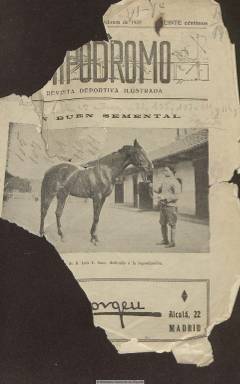
Título: Hipódromo (Madrid)
Colección: Deportes
Ámbito geográfico: Madrid
Lugar de publicación: Madrid
Fechas: 28/02/1932-10/05/1934

Con el subtítulo “revista deportiva ilustrada”, es una publicación especializada en hípica, que aparece en marzo de 1930. Con periodicidad semanal, sus entregas están en torno a las dieciséis y, a veces, doce páginas, compuestas a dos columnas. Ofrece crónicas de las carreras, programas oficiales de las temporadas, concursos, inscripciones, premios, pronósticos, resultados, apuestas, revistas de cuadras y estadísticas. Cuenta también con las secciones Extranjero, Noticias y Avisos. Sus textos van acompañados de fotografías de jinetes, caballos y aficionados asistentes al Hipódromo de Madrid firmadas por Legogeu, y caricaturas de personajes relacionados con este deporte firmadas por Relaño. Su cubierta siempre está ocupada por una ilustración. Informa también sobre la Sociedad de Fomento de la Cría Caballar. Inserta algunos anuncios publicitarios. La colección de la Biblioteca Nacional de España es incompleta, y comprende desde su número 83, de 28 de febrero de 1932, que coincide con un cambio en la dirección de la revista, hasta el número 157, de diez de mayo de 1934.